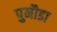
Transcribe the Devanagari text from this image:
पुनौडा